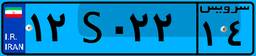
۹۲S۹۴۷۴۱